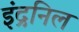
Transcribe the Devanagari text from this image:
इंद्रनिल